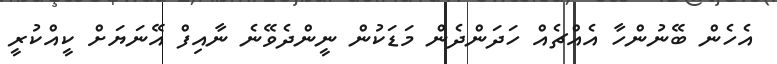
އެހެން ބޭނުންހާ އެއްޗެއް ހަދަންދެން މަޑަކުން ނީންދެވޭނެ ނާއިފް އޭނަޔަށް ކީއްކުރީ